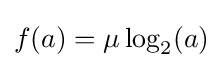
f(a)=\mu \log _{2}(a)